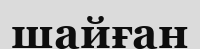
шайған